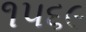
૧૫૬૯